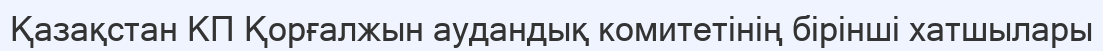
Қазақстан КП Қорғалжын аудандық комитетінің бірінші хатшылары